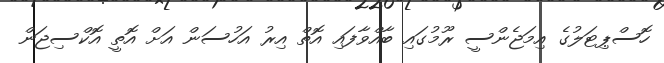
ހޮސްޕިޓަލުގެ އިމަޖެންސީ ރޫމުގައި ބާއްވާފައި އޮތް އިރު އަހުސަން އަށް އޮތީ އޮކްސިޖަން